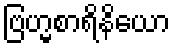
ဗြဟ္မစာရိနိယော